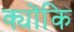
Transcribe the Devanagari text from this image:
क्योंकि